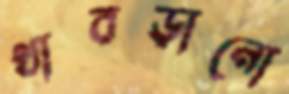
থাবড়ানো